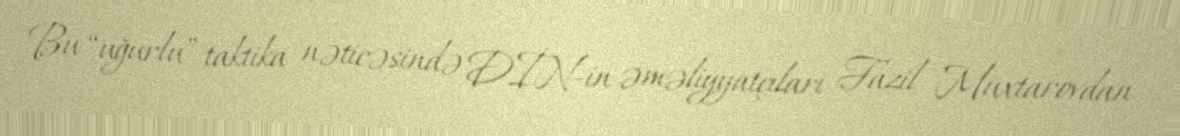
Bu “uğurlu” taktika nəticəsində DİN-in əməliyyatçıları Fazil Muxtarovdan